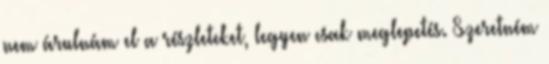
nem árulnám el a részleteket, legyen csak meglepetés. Szeretném